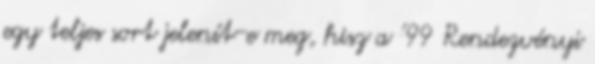
egy teljes sort jelenít-e meg, hisz a ’99 Rendezvényi